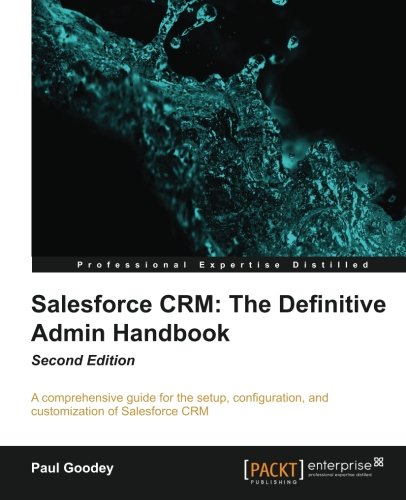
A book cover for Salesforce CRM: The Definitive Admin Handbook - Second Edition; Paul Goodey; Computers & Technology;